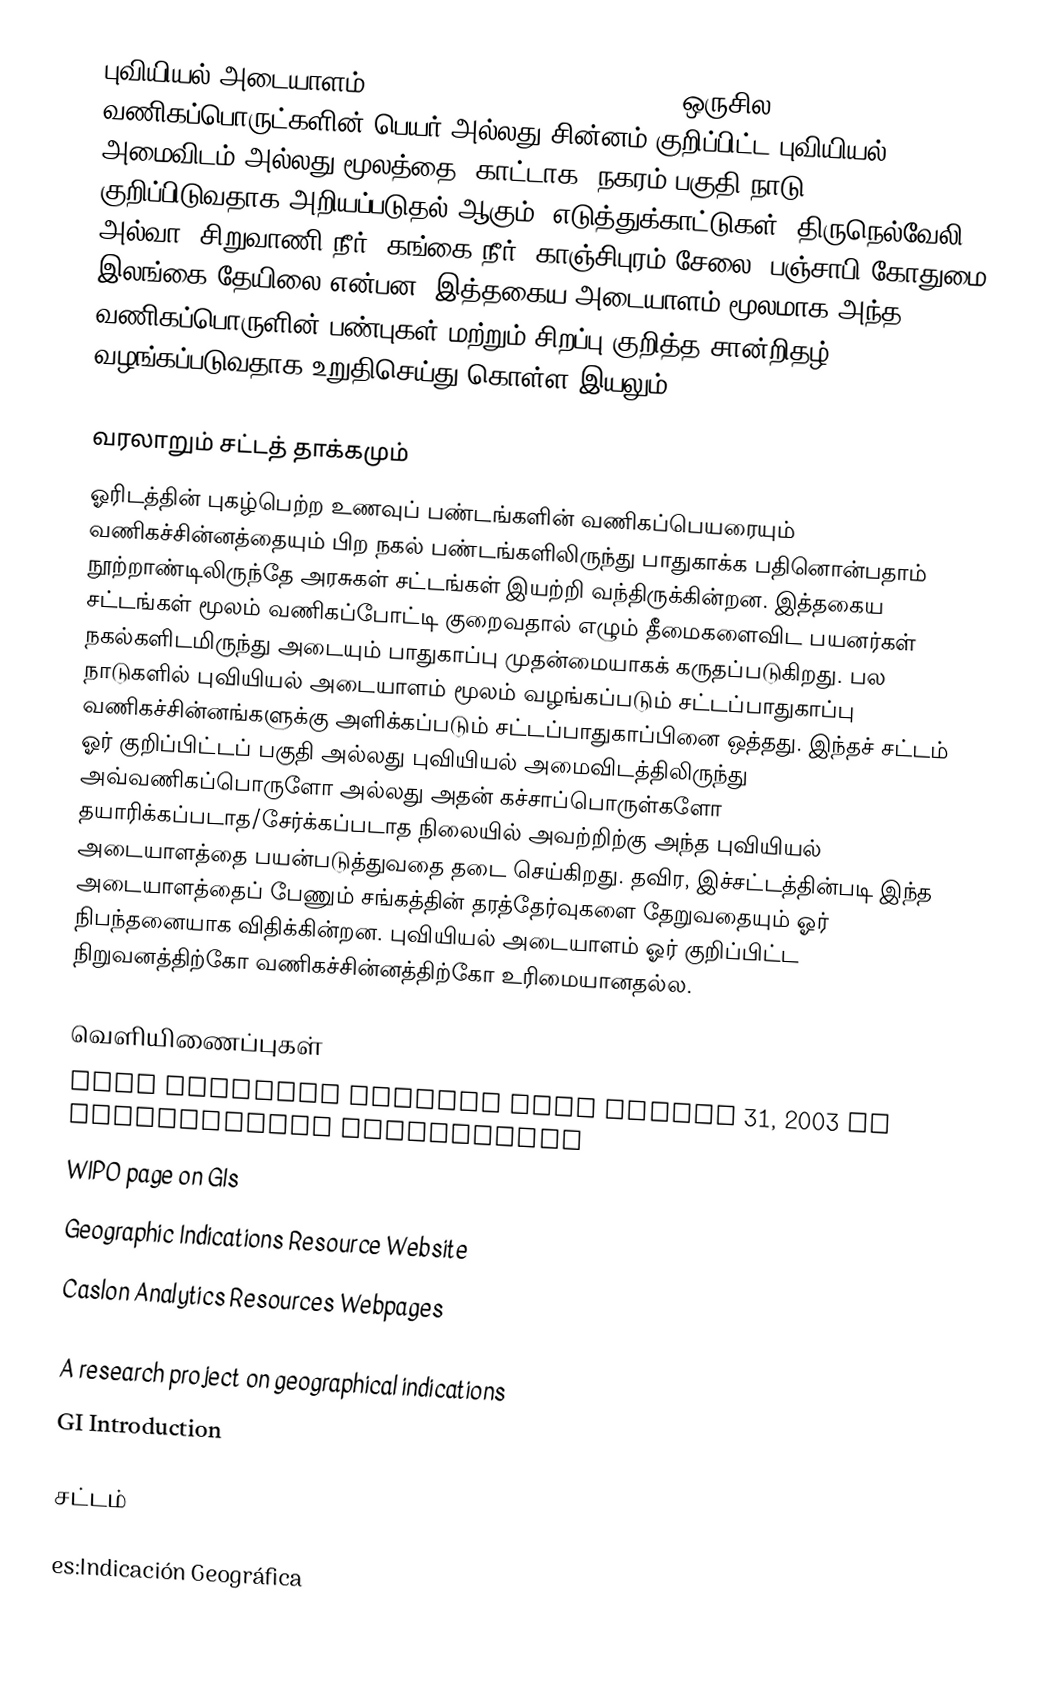
புவியியல் அடையாளம் (geographical   indication (GI)) ஒருசில வணிகப்பொருட்களின் பெயர் அல்லது சின்னம் குறிப்பிட்ட புவியியல் அமைவிடம் அல்லது மூலத்தை (காட்டாக, நகரம்,பகுதி,நாடு) குறிப்பிடுவதாக அறியப்படுதல் ஆகும். எடுத்துக்காட்டுகள்: திருநெல்வேலி அல்வா, சிறுவாணி நீர், கங்கை நீர், காஞ்சிபுரம் சேலை, பஞ்சாபி கோதுமை, இலங்கை தேயிலை என்பன. இத்தகைய அடையாளம் மூலமாக அந்த வணிகப்பொருளின் பண்புகள் மற்றும் சிறப்பு  குறித்த சான்றிதழ் வழங்கப்படுவதாக உறுதிசெய்து கொள்ள இயலும்.

வரலாறும் சட்டத் தாக்கமும்
ஓரிடத்தின் புகழ்பெற்ற உணவுப் பண்டங்களின் வணிகப்பெயரையும் வணிகச்சின்னத்தையும் பிற நகல் பண்டங்களிலிருந்து பாதுகாக்க பதினொன்பதாம் நூற்றாண்டிலிருந்தே அரசுகள் சட்டங்கள் இயற்றி வந்திருக்கின்றன. இத்தகைய சட்டங்கள் மூலம் வணிகப்போட்டி குறைவதால் எழும் தீமைகளைவிட பயனர்கள் நகல்களிடமிருந்து அடையும் பாதுகாப்பு முதன்மையாகக் கருதப்படுகிறது. பல நாடுகளில் புவியியல் அடையாளம் மூலம் வழங்கப்படும் சட்டப்பாதுகாப்பு வணிகச்சின்னங்களுக்கு அளிக்கப்படும் சட்டப்பாதுகாப்பினை ஒத்தது. இந்தச் சட்டம் ஓர் குறிப்பிட்டப் பகுதி அல்லது புவியியல் அமைவிடத்திலிருந்து அவ்வணிகப்பொருளோ அல்லது அதன் கச்சாப்பொருள்களோ தயாரிக்கப்படாத/சேர்க்கப்படாத நிலையில் அவற்றிற்கு அந்த புவியியல் அடையாளத்தை பயன்படுத்துவதை தடை செய்கிறது. தவிர, இச்சட்டத்தின்படி இந்த அடையாளத்தைப் பேணும் சங்கத்தின் தரத்தேர்வுகளை தேறுவதையும் ஓர் நிபந்தனையாக விதிக்கின்றன. புவியியல் அடையாளம் ஓர் குறிப்பிட்ட நிறுவனத்திற்கோ வணிகச்சின்னத்திற்கோ உரிமையானதல்ல.

வெளியிணைப்புகள்
 TIME magazine article from August 31, 2003  on geographical indications
 WIPO page on GIs
 Geographic Indications Resource Website
 Caslon Analytics Resources Webpages

 A research project on geographical  indications
 GI Introduction

சட்டம்

es:Indicación Geográfica